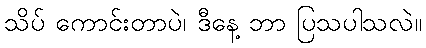
သိပ် ကောင်းတာပဲ၊ ဒီနေ့ ဘာ ပြသပါသလဲ။